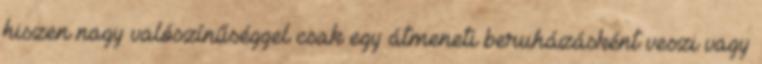
hiszen nagy valószínűséggel csak egy átmeneti beruházásként veszi vagy